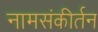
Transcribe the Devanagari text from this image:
नामसंकीर्तन